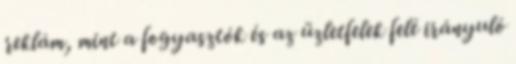
reklám, mint a fogyasztók és az üzletfelek felé irányuló